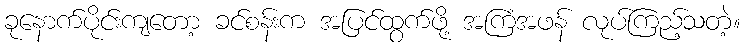
ခုနောက်ပိုင်းကျတော့ ခင်စန်းက အပြင်ထွက်ဖို့ အကြံအဖန် လုပ်ကြည့်သတဲ့။